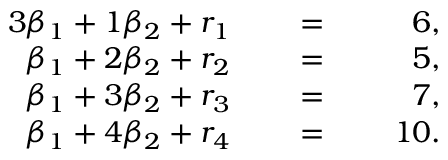
{ \begin{array} { r l r l r l } { { 3 } \beta _ { 1 } + 1 \beta _ { 2 } + r _ { 1 } } & { } & { \; = \; } & { } & { 6 , } & { } \\ { \beta _ { 1 } + 2 \beta _ { 2 } + r _ { 2 } } & { } & { \; = \; } & { } & { 5 , } & { } \\ { \beta _ { 1 } + 3 \beta _ { 2 } + r _ { 3 } } & { } & { \; = \; } & { } & { 7 , } & { } \\ { \beta _ { 1 } + 4 \beta _ { 2 } + r _ { 4 } } & { } & { \; = \; } & { } & { 1 0 . } & { } \end{array} }